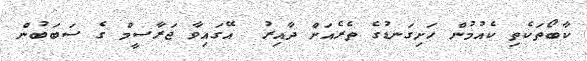
ކާބޯތަކެތި ކެއުމުން ހަށިގަނޑުގެ ތެރެއަށް ދާއިރު  އޭގައިވާ ޖަރާސީމް ގެ ސަބަބުން